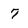
Character: 7